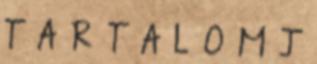
T A R T A L O M J